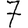
Digit: 7